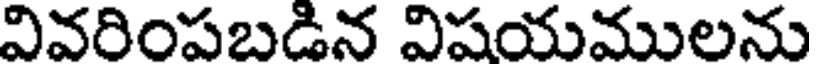
వివరింపబడిన విషయములను